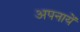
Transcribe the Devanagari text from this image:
अपनायें